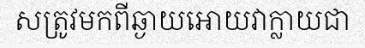
សត្រូវមកពីឆ្ងាយអោយវាក្លាយជា